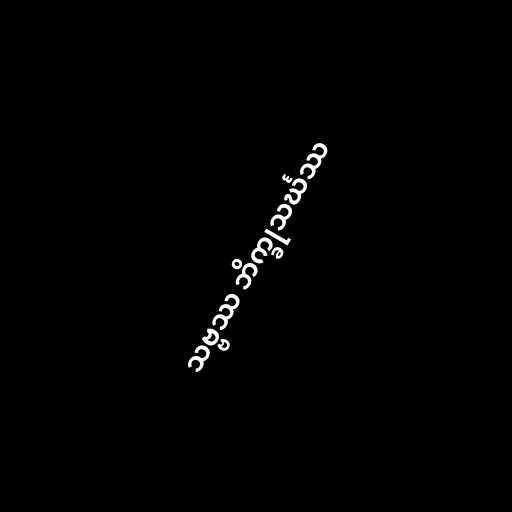
သဗ္ဗဿ ဘိက္ခုသင်္ဃဿ